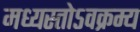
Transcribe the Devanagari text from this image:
मध्यस्तोऽवक्रम्य